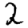
Digit: 2